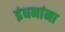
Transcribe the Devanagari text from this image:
इंधनांना